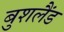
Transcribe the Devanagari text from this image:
बुशलैंड